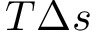
T \Delta s